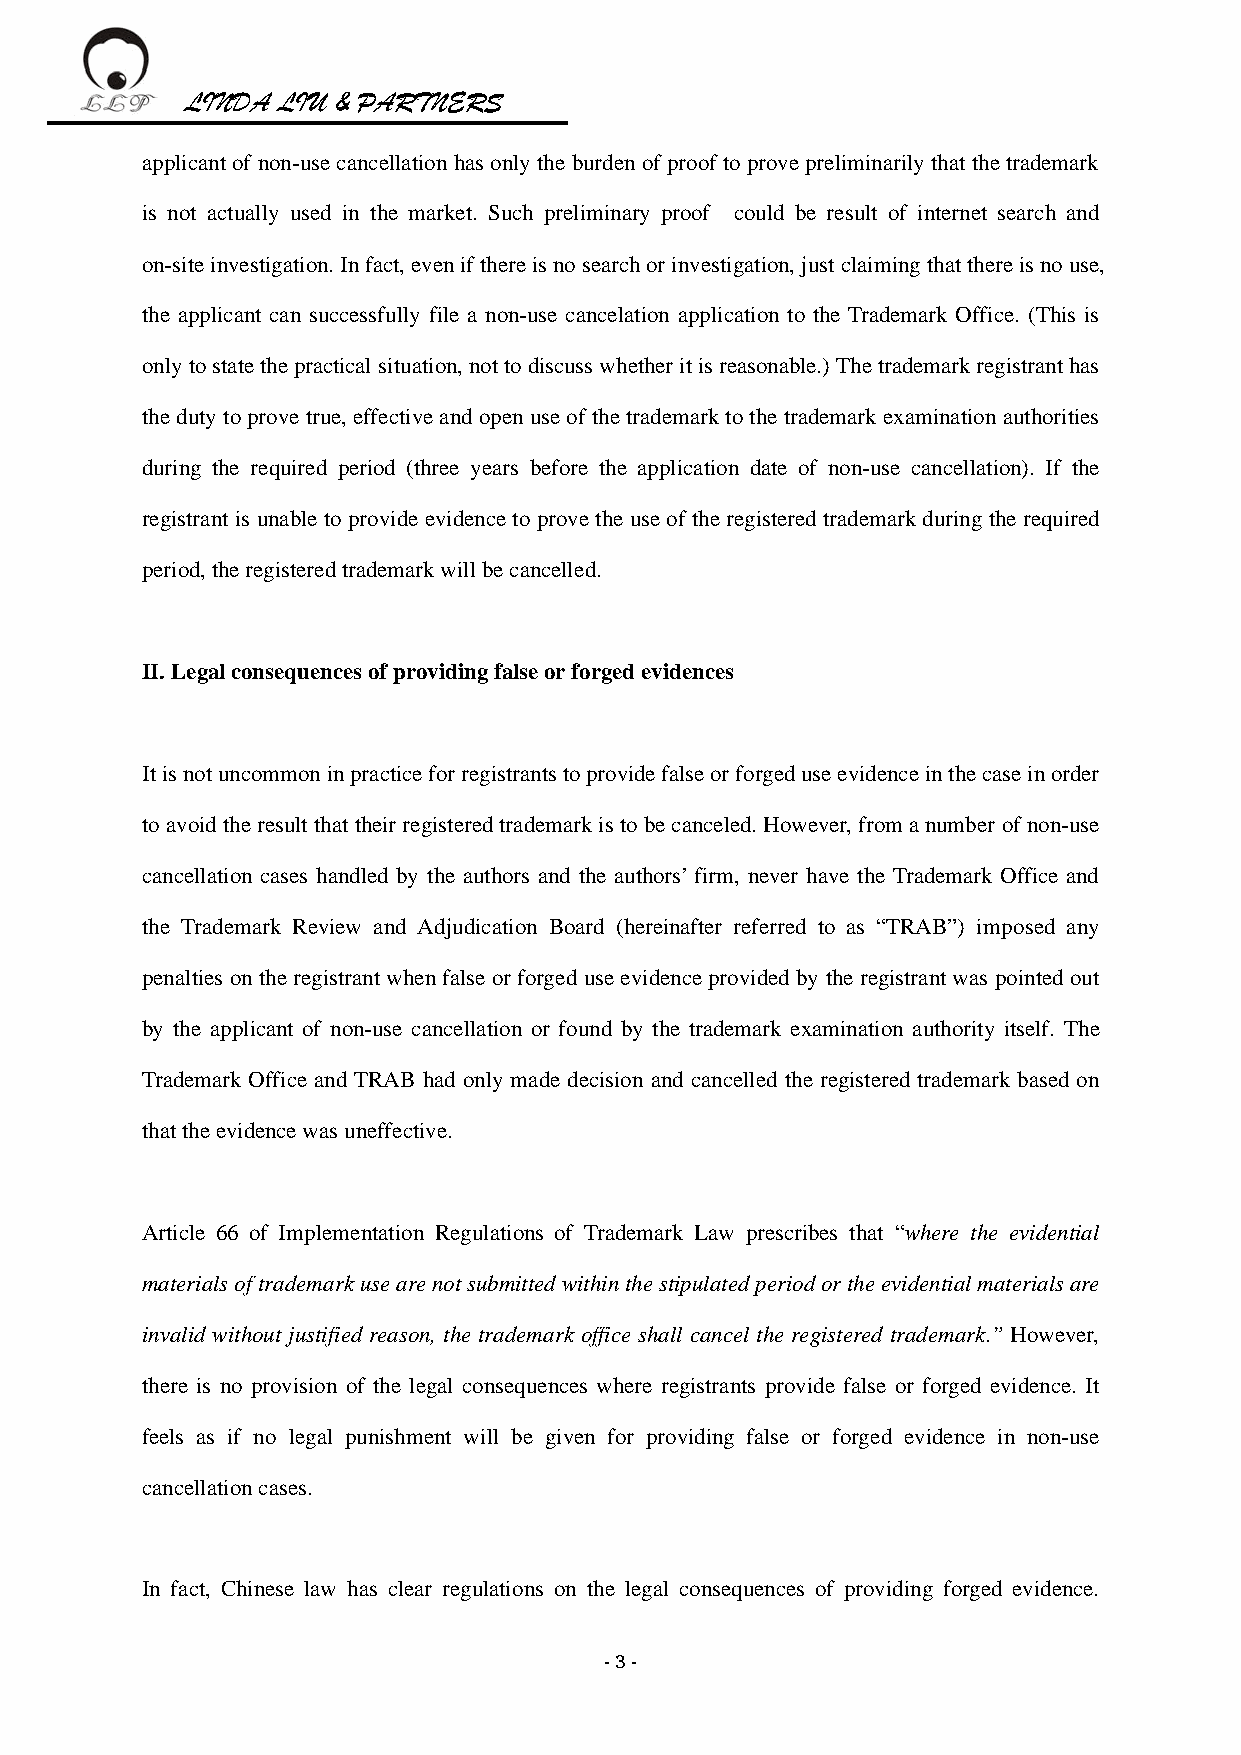
LINDA LIU & PARTNERS
 applicant of non-use cancellation has only the burden of proof to prove preliminarily that the trademark
 is not actually used in the market. Such preliminary proof could be result of internet search and
 on-site investigation. In fact, even if there is no search or investigation, just claiming that there is no use,
 the applicant can successfully file a non-use cancelation application to the Trademark Office. (This is
 only to state the practical situation, not to discuss whether it is reasonable.) The trademark registrant has
 the duty to prove true, effective and open use of the trademark to the trademark examination authorities
 during the required period (three years before the application date of non-use cancellation). If the
 registrant is unable to provide evidence to prove the use of the registered trademark during the required
 period, the registered trademark will be cancelled.
 II. Legal consequences of providing false or forged evidences
 It is not uncommon in practice for registrants to provide false or forged use evidence in the case in order
 to avoid the result that their registered trademark is to be canceled. However, from a number of non-use
 cancellation cases handled by the authors and the authors’ firm, never have the Trademark Office and
 the Trademark Review and Adjudication Board (hereinafter referred to as “TRAB”) imposed any
 penalties on the registrant when false or forged use evidence provided by the registrant was pointed out
 by the applicant of non-use cancellation or found by the trademark examination authority itself. The
 Trademark Office and TRAB had only made decision and cancelled the registered trademark based on
 that the evidence was uneffective.
 Article 66 of Implementation Regulations of Trademark Law prescribes that “where the evidential
 materials of trademark use are not submitted within the stipulated period or the evidential materials are
 invalid without justified reason, the trademark office shall cancel the registered trademark.” However,
 there is no provision of the legal consequences where registrants provide false or forged evidence. It
 feels as if no legal punishment will be given for providing false or forged evidence in non-use
 cancellation cases.
 In fact, Chinese law has clear regulations on the legal consequences of providing forged evidence.
 - 3 -